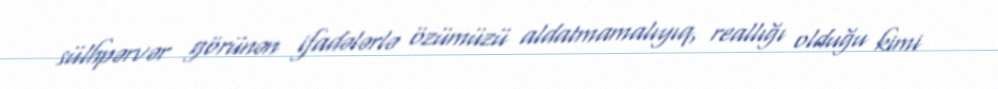
sülhpərvər görünən ifadələrlə özümüzü aldatmamalıyıq, reallığı olduğu kimi